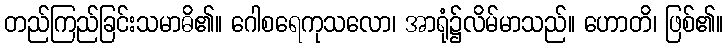
တည်ကြည်ခြင်းသမာဓိ၏။ ဂေါစရေကုသလော၊ အာရုံ၌လိမ်မာသည်။ ဟောတိ၊ ဖြစ်၏။